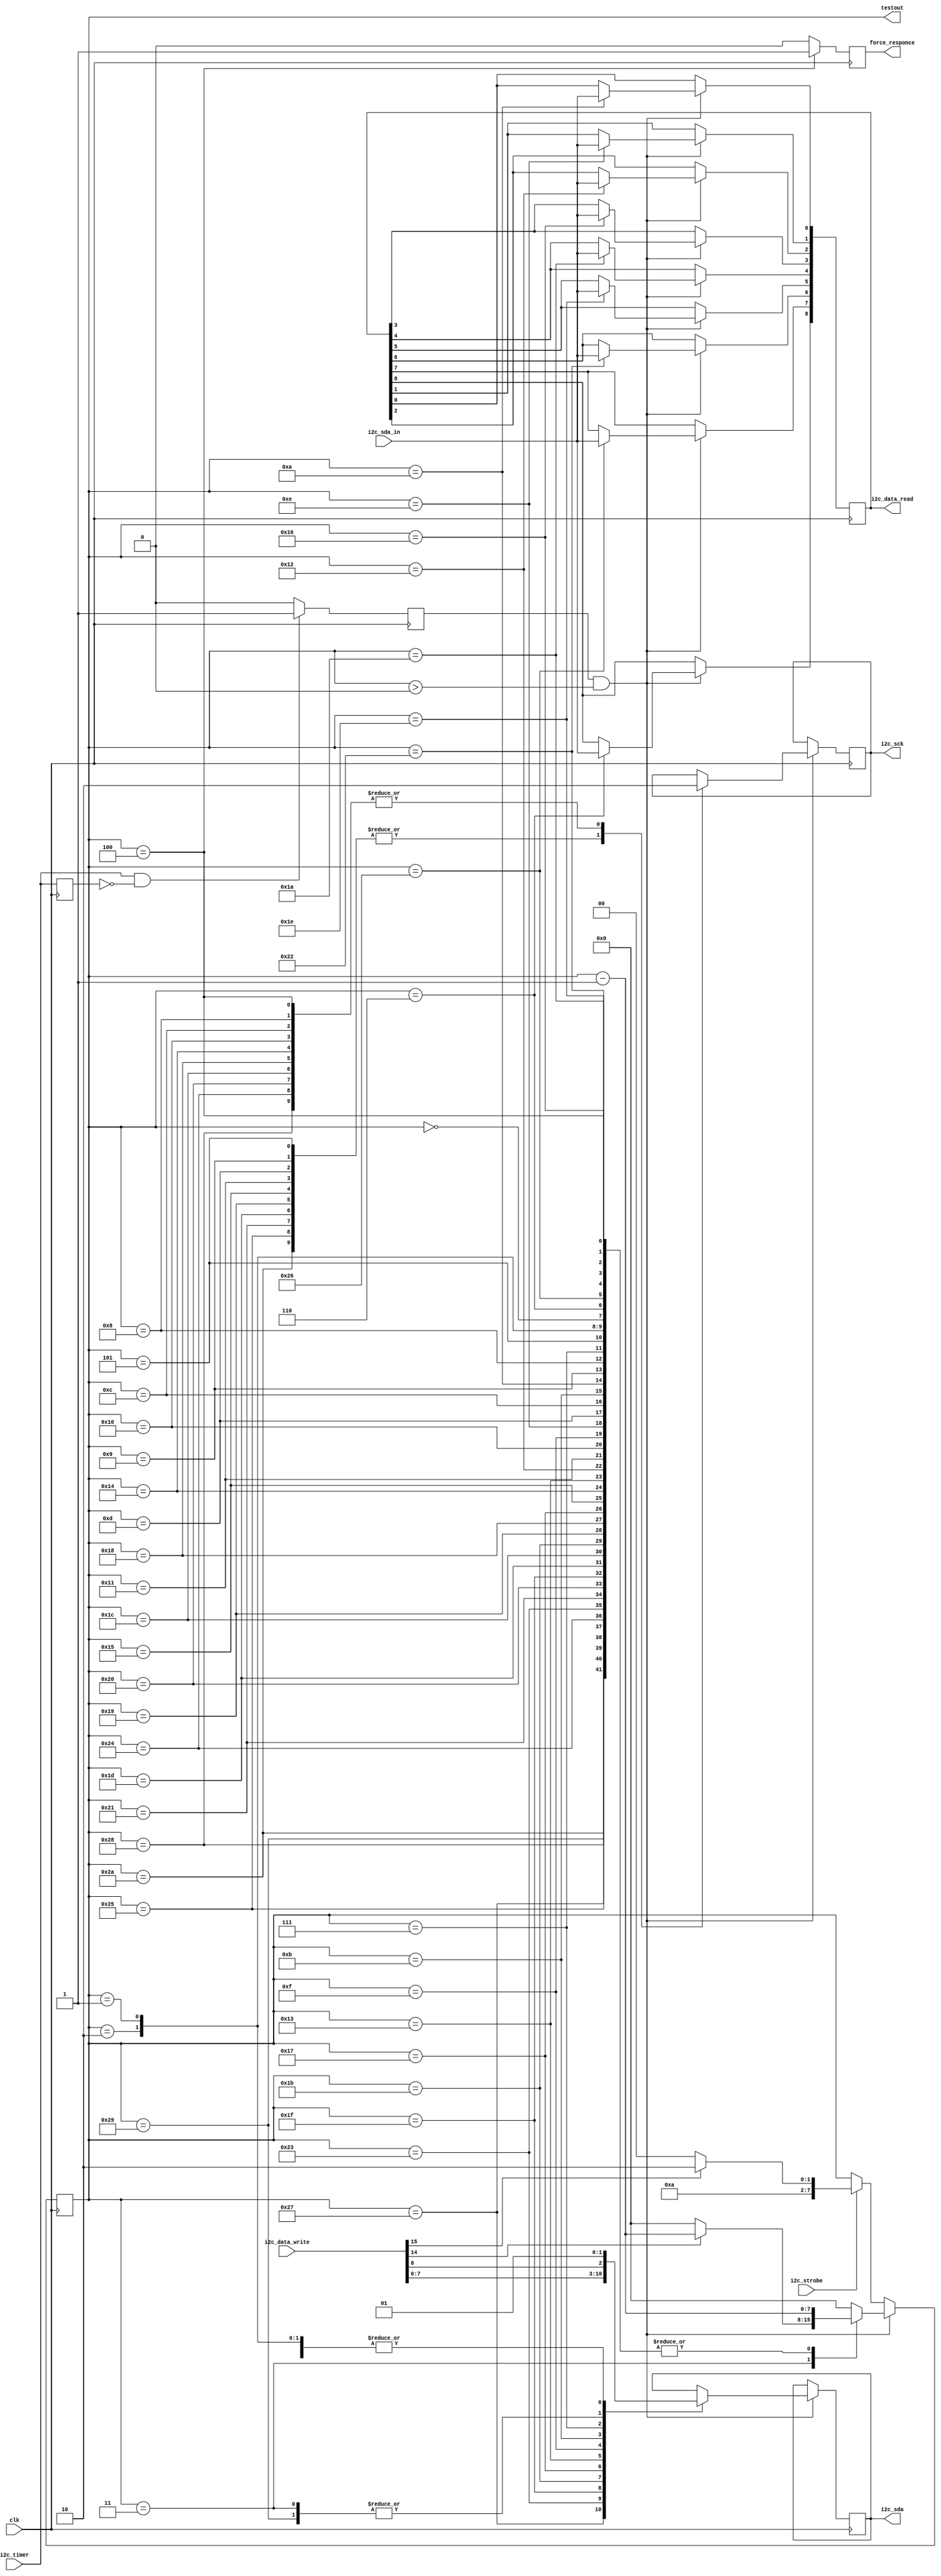
module i2c_interface (
    input      clk,
	 input      i2c_timer,
	 
	 output reg i2c_sck = 1,
	 output reg i2c_sda = 1,
	 input      i2c_sda_in,	 
	 input      i2c_strobe,
	 input      [15:0] i2c_data_write,	 
	 output reg [8:0] i2c_data_read,
	 output reg force_responce,
	 output     [7:0]testout
	 );
	 
	 assign testout = i2c_state;
	 
	 reg i2c_timer_tick;
	 reg i2c_timer_last;	 
	 always @(posedge clk) begin 
	     if (i2c_timer == 1 && i2c_timer_last == 0)i2c_timer_tick <= 1;else i2c_timer_tick <=0;
	     i2c_timer_last <= i2c_timer; 
	 end	
	 
	 reg i2c_laststate;
	 always @(posedge clk)begin if (i2c_state == 8'h04 && i2c_laststate != 8'h05 )force_responce <= 1; else force_responce <= 0;
	                            i2c_laststate <= i2c_state; end 

	 reg [7:0] i2c_state;		  
	 always @(posedge clk) begin
	     if (i2c_strobe == 1) if (i2c_data_write[15] == 1)i2c_state <= 8'h2a; else i2c_state <= 8'h28; 
		  if ((i2c_timer_tick == 1)  && (i2c_state > 0)) begin
		      i2c_state <= i2c_state - 1;
            case (i2c_state)
                8'h2a :  begin i2c_sda <= 1 ; i2c_sck <= 1; end    //enrty for start float then sda then sck)
                8'h29  :  i2c_sda <= 0; 					              //entry for continuing byte frame	 
                8'h28  :  i2c_sck <= 0;
					 8'h27  :  i2c_sda <= i2c_data_write[7];
					 8'h26  :  i2c_data_read[7] <= i2c_sda_in; 
                8'h25  :  i2c_sck <= 1;
                8'h24  :  i2c_sck <= 0;
					 8'h23  :  i2c_sda <= i2c_data_write[6]; 
					 8'h22  :  i2c_data_read[6] <= i2c_sda_in; 
                8'h21  :  i2c_sck <= 1;
                8'h20  :  i2c_sck <= 0;
					 8'h1f  :  i2c_sda <= i2c_data_write[5]; 
					 8'h1e  :  i2c_data_read[5] <= i2c_sda_in; 	 
                8'h1d  :  i2c_sck <= 1;
                8'h1c  :  i2c_sck <= 0;
					 8'h1b  :  i2c_sda <= i2c_data_write[4]; 	 
					 8'h1a  :  i2c_data_read[4] <= i2c_sda_in;  
                8'h19  :  i2c_sck <= 1;
                8'h18  :  i2c_sck <= 0;
					 8'h17  :  i2c_sda <= i2c_data_write[3]; 
					 8'h16  :  i2c_data_read[3] <= i2c_sda_in; 	 
                8'h15  :  i2c_sck <= 1;
                8'h14  :  i2c_sck <= 0;
					 8'h13  :  i2c_sda <= i2c_data_write[2]; 
					 8'h12  :  i2c_data_read[2] <= i2c_sda_in;  
                8'h11  :  i2c_sck <= 1;
                8'h10  :  i2c_sck <= 0;
					 8'h0f  :  i2c_sda <= i2c_data_write[1]; 
					 8'h0e  :  i2c_data_read[1] <= i2c_sda_in; 
                8'h0d  :  i2c_sck <= 1;
                8'h0c  :  i2c_sck <= 0;
					 8'h0b  :  i2c_sda <= i2c_data_write[0]; 
					 8'h0a  :  i2c_data_read[0] <= i2c_sda_in; 
                8'h09  :  i2c_sck <= 1;
                8'h08  :  i2c_sck <= 0;
					 8'h07  :  i2c_sda <= i2c_data_write[8];  //ack slot
					 8'h06  :  i2c_data_read[8] <= i2c_sda_in;  //ack slot
                8'h05  :  i2c_sck <= 1;
                8'h04  :  i2c_sck <= 0;
					 
                8'h03  :  begin i2c_sda <= 0; if (i2c_data_write[14] == 0)i2c_state <= 8'h00; end       // no stop
					 8'h02  :  i2c_sda <=1;				 
					 8'h01  :  i2c_sda <=1;
					 8'h00  :  ;
					 default:  i2c_state <= 8'h00;
             endcase
	        end			 
		  end
endmodule